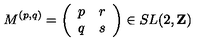
M ^ { ( p , q ) } = \left( \begin{array} { c c } { p } & { r } \\ { q } & { s } \\ \end{array} \right) \in S L ( 2 , { \bf Z } )